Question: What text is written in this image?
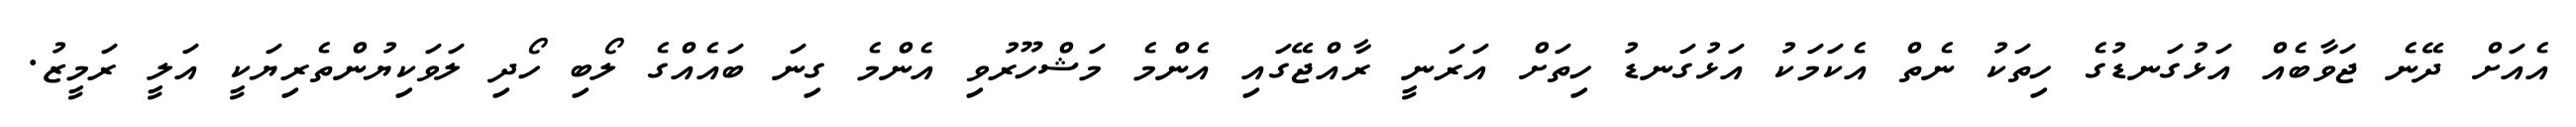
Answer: އެއަށް ދޭނެ ޖަވާބެއް އަޅުގަނޑުގެ ހިތަކު ނެތް އެކަމަކު އަޅުގަނޑު ހިތަށް އަރަނީ ރާއްޖޭގައި އެންމެ މަޝްހޫރުވި އެންމެ ގިނަ ބައެއްގެ ލޯބި ހޯދި ލަވަކިޔުންތެރިޔަކީ އަލީ ރަމީޒު.